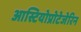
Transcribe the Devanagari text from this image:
आस्टियोप्रोटेजेरिन